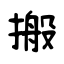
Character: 搬